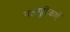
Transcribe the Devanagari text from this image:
गलगुटिकाएँ